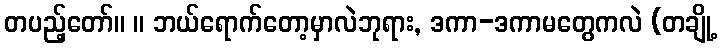
တပည့်တော်။ ။ ဘယ်ရောက်တော့မှာလဲဘုရား, ဒကာ-ဒကာမတွေကလဲ (တချို့